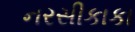
નરસીકાકા